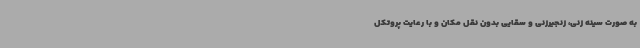
به صورت سینه زنی، زنجیرزنی و سقایی بدون نقل مکان و با رعایت پروتکل